Jaan_Tonisson_(Lasteleht), lk 464
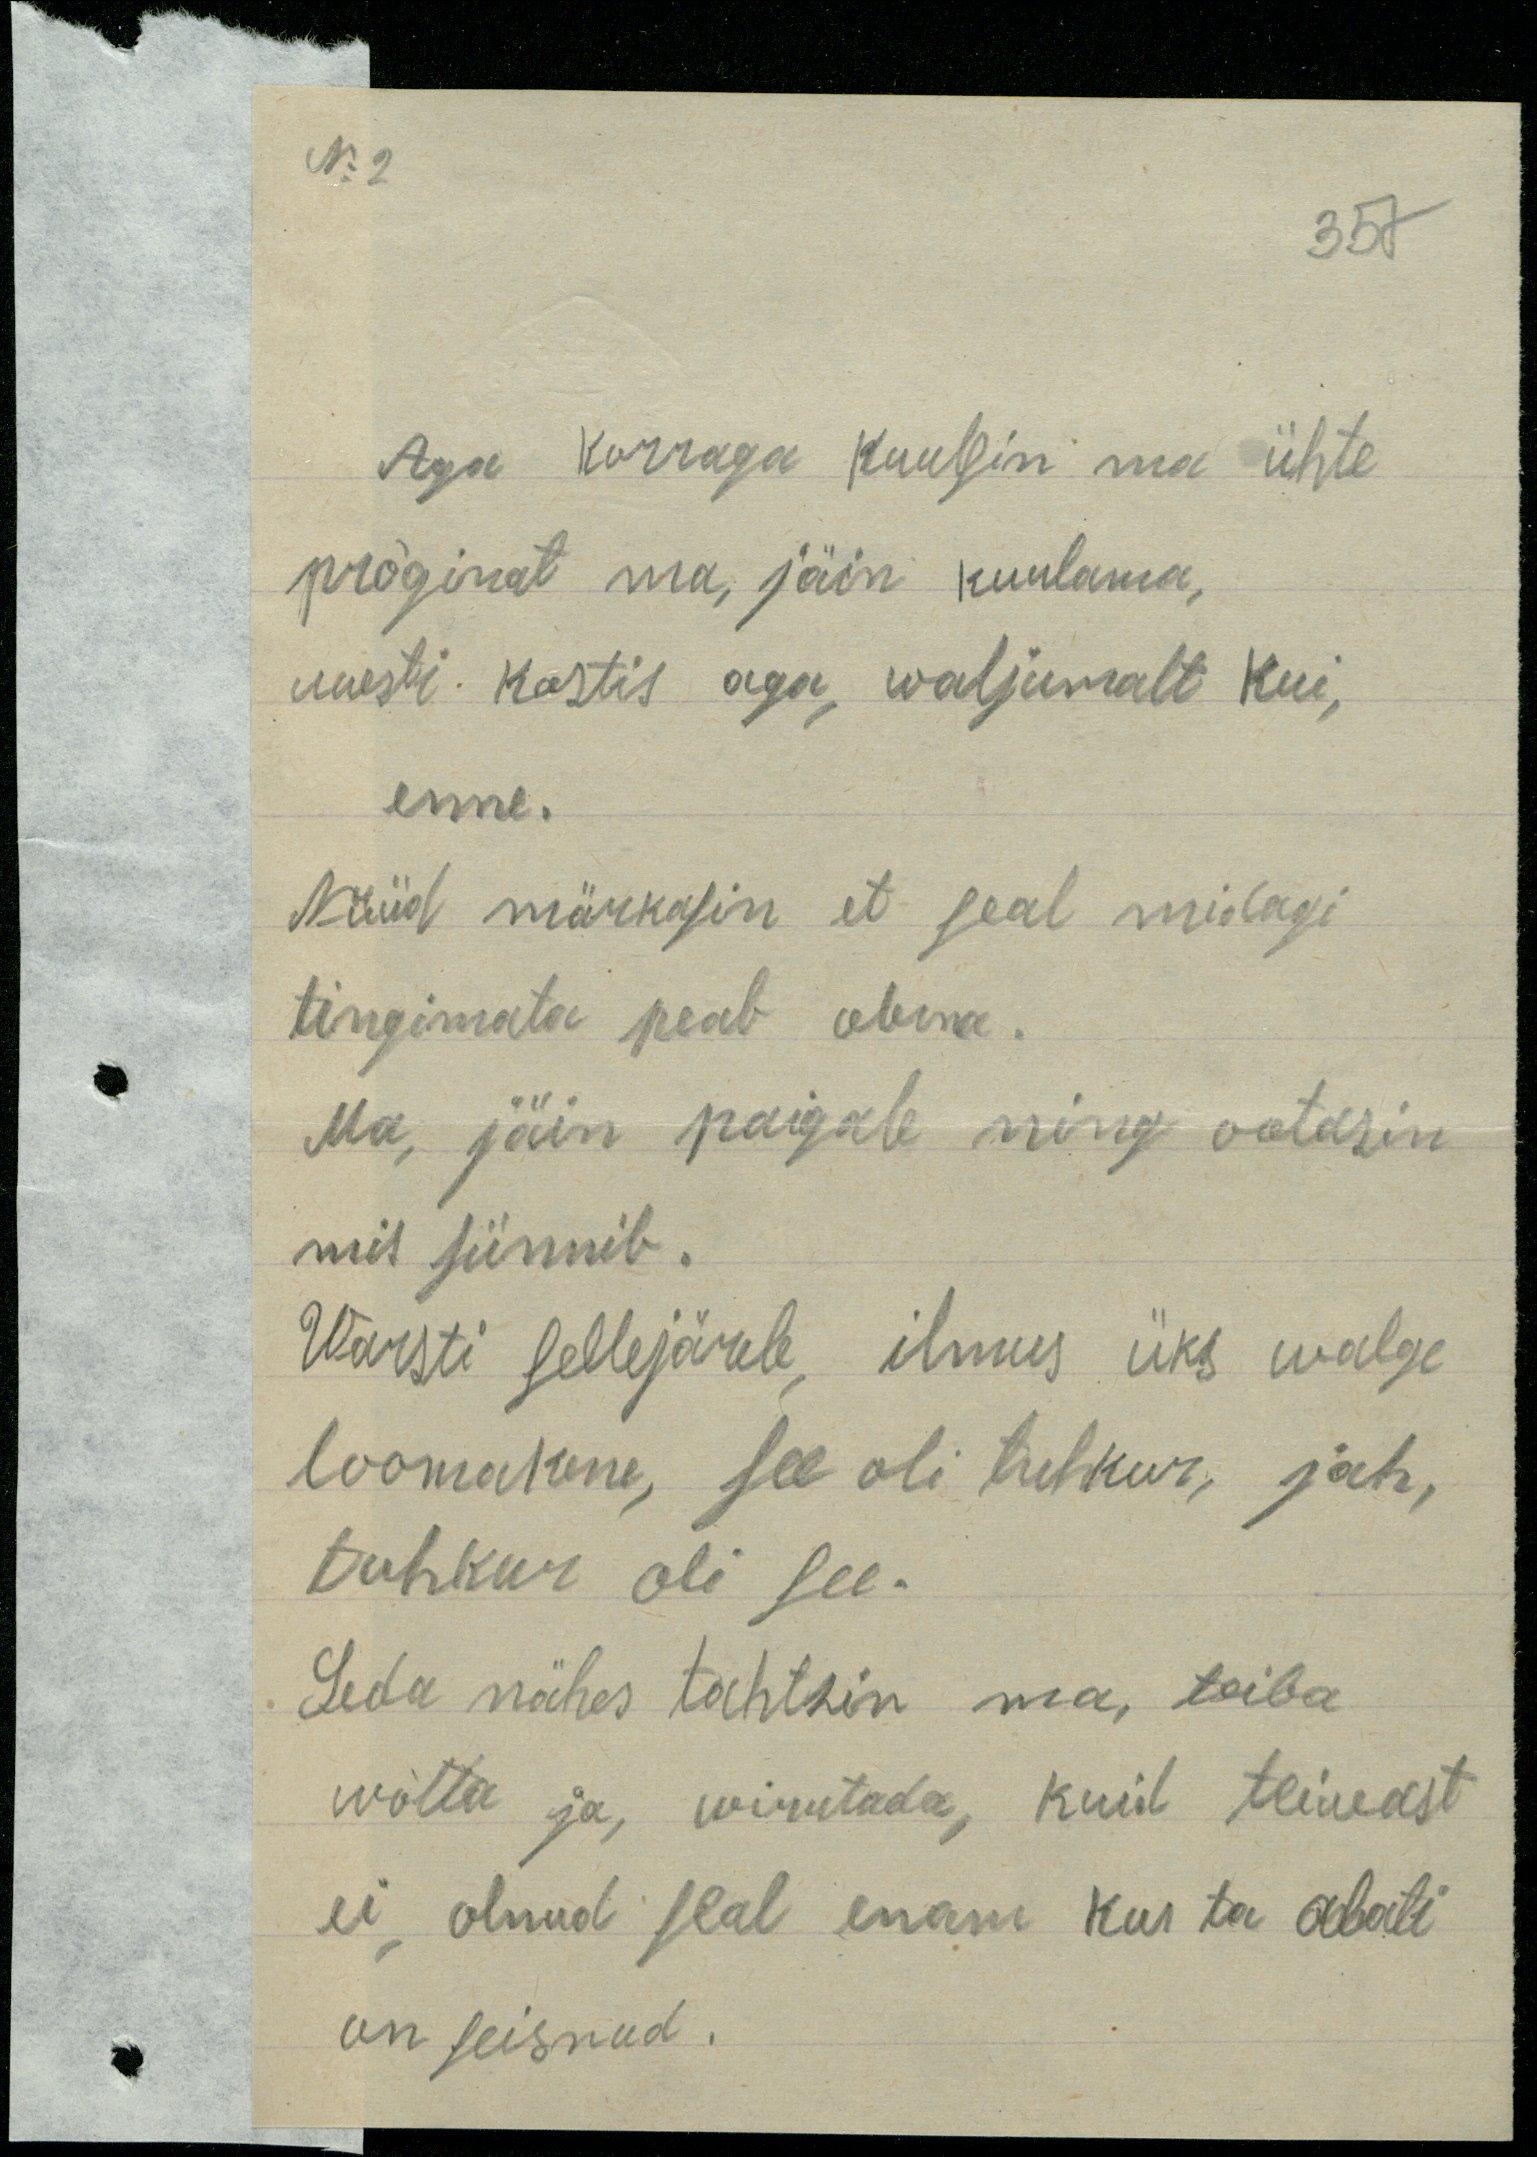
No: 2
357
Aga korraga kuulsin ma ühte
pröginat ma, jäin kuulama,
uuesti kostis aga, waljumalt kui,
enne.
Nüüd märkasin et seal midagi
tingimata peab olema.
Ma, jäin paigale ning ootasin
mis sünnib.
Warsti sellejärele ilmus üks walge
loomakene, see oli tuhkur, jah,
tuhkur oli see.
Seda nähes tahtsin ma, teiba
wõtta ja, wirutada, kuid teiwast
ei olnud seal enam kus ta alati
on seisnud.